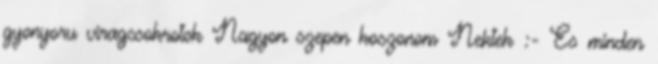
gyonyoru viragcsokrotok Nagyon szepen koszonom Nektek :- Es minden